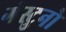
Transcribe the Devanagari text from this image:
गेस्टुनो